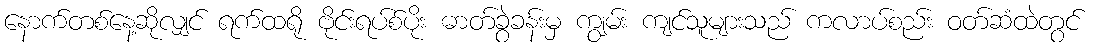
နောက်တစ်နေ့ဆိုလျှင် ရက်ထရို ဗိုင်းရပ်စ်ပိုး ဓာတ်ခွဲခန်းမှ ကျွမ်း ကျင်သူများသည် ကလာပ်စည်း ဝတ်ဆံထဲတွင်